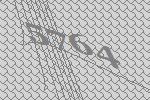
5764